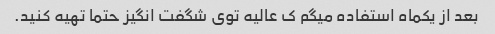
بعد از یکماه استفاده میگم ک عالیه توی شگفت انگیز حتما تهیه کنید.